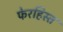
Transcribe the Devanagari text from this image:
फेरहिस्त